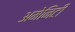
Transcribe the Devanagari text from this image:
अमेनिटी